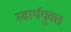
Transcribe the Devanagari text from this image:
स्वार्थयुक्त